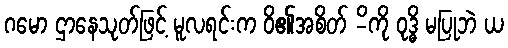
ဂမော ဌာနေသုတ်ဖြင့် မူလရင်းက ဝိ၏အစိတ် -ိကို ဝုဒ္ဓိ မပြုဘဲ ယ